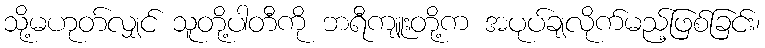
သို့မဟုတ်လျှင် သူတို့ပါတီကို ဘရီကျူးတို့က အပုပ်ချလိုက်မည့်ဖြစ်ခြင်း၊